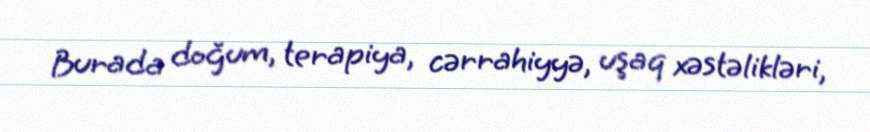
Burada doğum, terapiya, cərrahiyyə, uşaq xəstəlikləri,